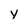
Character: y